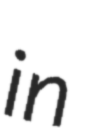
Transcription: in